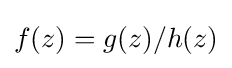
f(z)=g(z)/h(z)